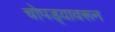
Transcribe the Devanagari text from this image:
चोपड्यावरून